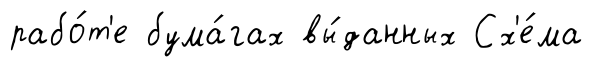
рабо́т'е бума́гах вы́данных Сх'е́ма